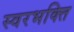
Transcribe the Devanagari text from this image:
स्वरभक्ति